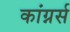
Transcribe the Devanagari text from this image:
कांग्नर्स